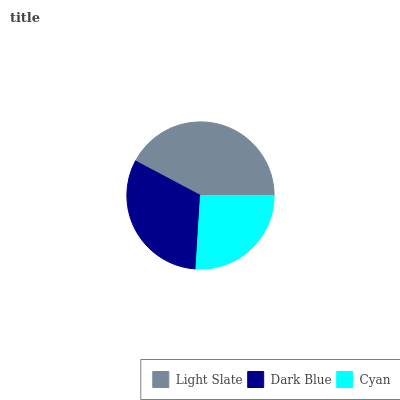
| Light Slate | Dark Blue | Cyan |
 | --- | --- | --- |
 | 42.2% | 31.8% | 26% |